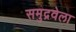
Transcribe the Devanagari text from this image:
समुद्रवेला